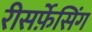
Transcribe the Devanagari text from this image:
रीसर्फ़ेसिंग